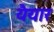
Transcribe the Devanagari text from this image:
यैयार